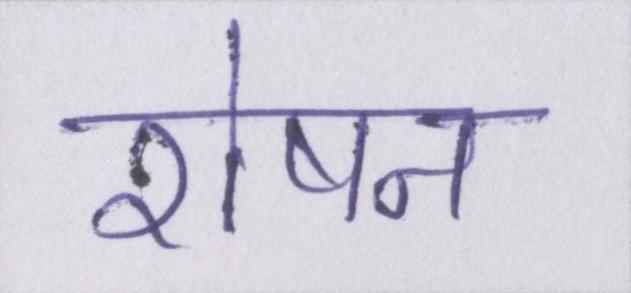
रोषन